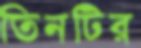
তিনটির